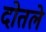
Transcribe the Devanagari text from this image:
दोतले